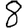
Digit: 8